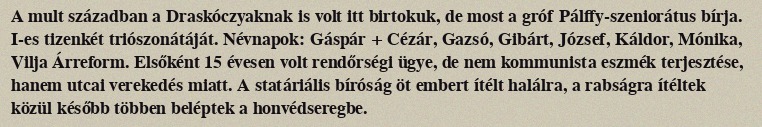
A mult században a Draskóczyaknak is volt itt birtokuk, de most a gróf Pálffy-szeniorátus bírja. I-es tizenkét triószonátáját. Névnapok: Gáspár + Cézár, Gazsó, Gibárt, József, Káldor, Mónika, Vilja Árreform. Elsőként 15 évesen volt rendőrségi ügye, de nem kommunista eszmék terjesztése, hanem utcai verekedés miatt. A statáriális bíróság öt embert ítélt halálra, a rabságra ítéltek közül később többen beléptek a honvédseregbe.